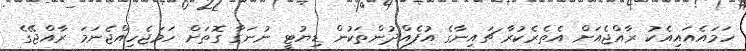
ހަމައެއައިއެކު ރާއްޖެއަށް އެތެރެކުރާ ޗައިނާގެ އުފެއްދުންތަކުން ޑިޔުޓީ ނުނަގާ ގޮތަށް ހަމަޖެހިއްޖެނަމަ ރާއްޖޭގެ